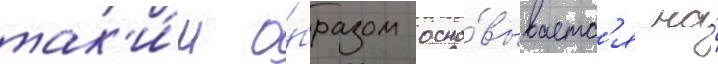
так'и́м о́бразом осно́вываетс'я на́